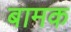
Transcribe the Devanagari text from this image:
बामक